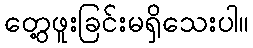
တွေ့ဖူးခြင်းမရှိသေးပါ။